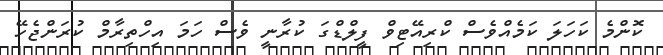
ކޮންމެ ކަހަލަ ކަމެއްވެސް ކްރިއޭޓިވް ފީލްޑްގަ ކުރާނީ ވެސް ހަމަ އިހްތިރާމް ކުރަންޖެހޭ